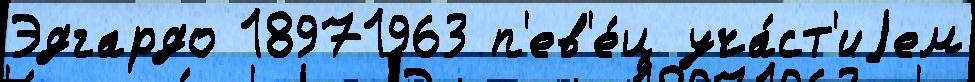
Эдгардо 18971963 п'ев'е́ц уча́ст'иjем